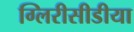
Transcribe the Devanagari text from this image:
ग्लिरीसीडीया